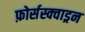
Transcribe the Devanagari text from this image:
फ़ोर्सस्क्वाड्रन